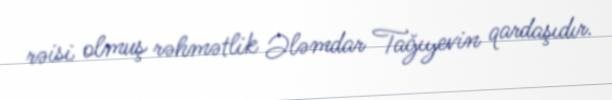
rəisi olmuş rəhmətlik Ələmdar Tağıyevin qardaşıdır.